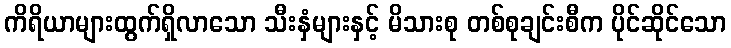
ကိရိယာများထွက်ရှိလာသော သီးနှံများနှင့် မိသားစု တစ်စုချင်းစီက ပိုင်ဆိုင်သော